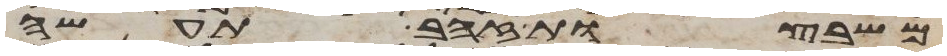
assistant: משבצות זהב תעשה